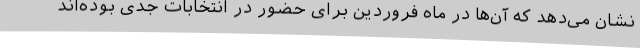
نشان می‌دهد که آن‌ها در ماه فروردین برای حضور در انتخابات جدی بوده‌اند